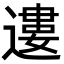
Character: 遱